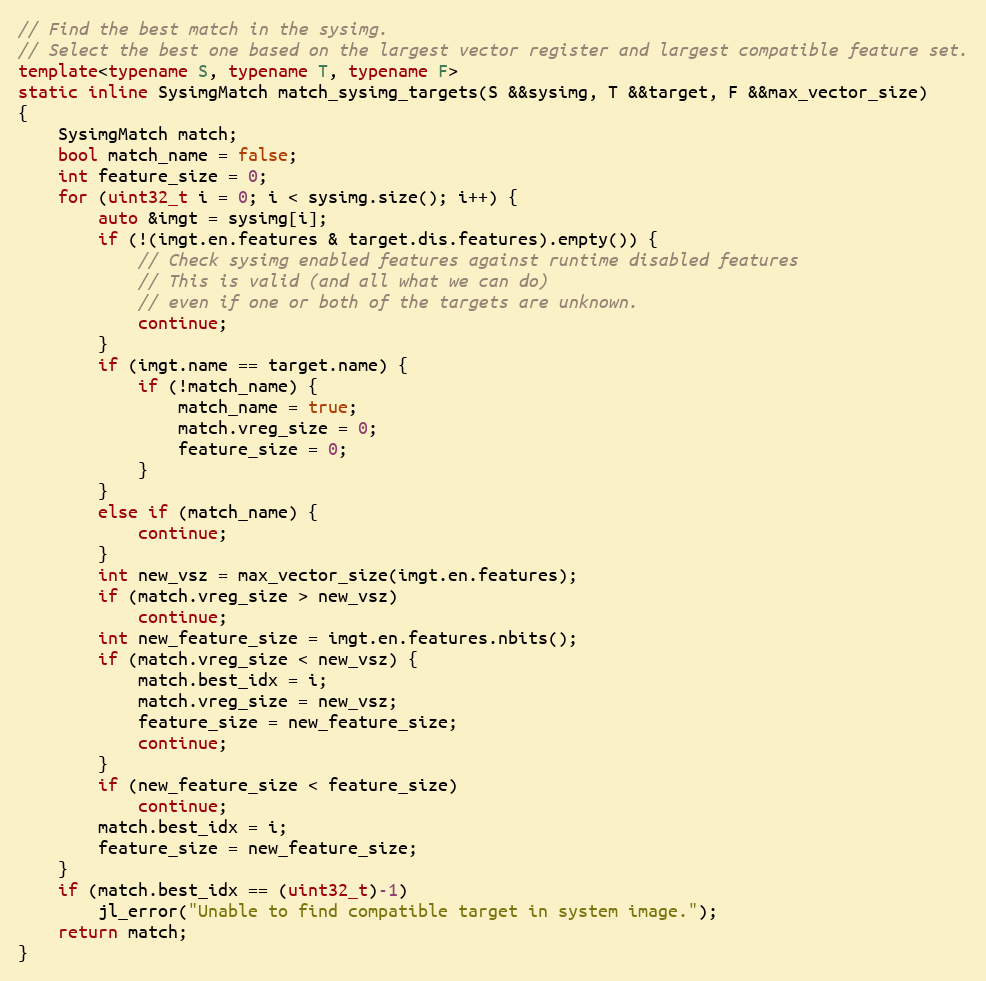
Language: C++
// Find the best match in the sysimg.
// Select the best one based on the largest vector register and largest compatible feature set.
template<typename S, typename T, typename F>
static inline SysimgMatch match_sysimg_targets(S &&sysimg, T &&target, F &&max_vector_size)
{
    SysimgMatch match;
    bool match_name = false;
    int feature_size = 0;
    for (uint32_t i = 0; i < sysimg.size(); i++) {
        auto &imgt = sysimg[i];
        if (!(imgt.en.features & target.dis.features).empty()) {
            // Check sysimg enabled features against runtime disabled features
            // This is valid (and all what we can do)
            // even if one or both of the targets are unknown.
            continue;
        }
        if (imgt.name == target.name) {
            if (!match_name) {
                match_name = true;
                match.vreg_size = 0;
                feature_size = 0;
            }
        }
        else if (match_name) {
            continue;
        }
        int new_vsz = max_vector_size(imgt.en.features);
        if (match.vreg_size > new_vsz)
            continue;
        int new_feature_size = imgt.en.features.nbits();
        if (match.vreg_size < new_vsz) {
            match.best_idx = i;
            match.vreg_size = new_vsz;
            feature_size = new_feature_size;
            continue;
        }
        if (new_feature_size < feature_size)
            continue;
        match.best_idx = i;
        feature_size = new_feature_size;
    }
    if (match.best_idx == (uint32_t)-1)
        jl_error("Unable to find compatible target in system image.");
    return match;
}